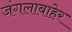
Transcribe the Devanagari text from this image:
जंगलाबाहेर